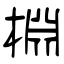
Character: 棩